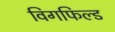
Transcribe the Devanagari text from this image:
विगफिल्ड